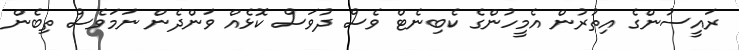
ރައީސުންގެ އިތުރުން އެމީހުންގެ ކެބިނެޓް ވެސް ދުވަސް ކޮޅެއް ވަންދެން ނަމަވެސް ތިބެން